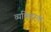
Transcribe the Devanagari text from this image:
व्यक्तिरक